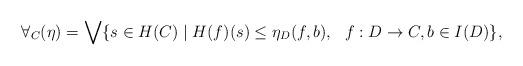
LaTeX: \begin{align*}\forall_C(\eta) = \bigvee \{s \in H(C) \mid H(f)(s) \leq \eta_D(f,b),\ \ f : D \rightarrow C, b \in I(D)\},\end{align*}